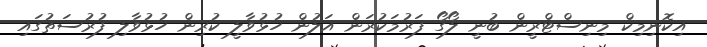
އިކޮނިމިކް މިނިސްޓްރީން ބުނީ ލޯގޯ ފަރުމަކުރަން އަލުން ހުޅުވާލީ ކުރިން ހުޅުވާލި ފުރުސަތުގައި